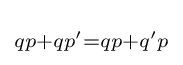
\scriptstyle {qp+qp'=qp+q'p\,}\!